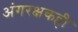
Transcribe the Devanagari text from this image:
अंगरक्षकही